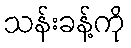
သန်းခန့်ကို